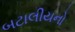
બટાલીયનો